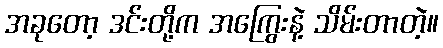
အခုတော့ ဒင်းတို့က အကြွေးနဲ့ သိမ်းတာတဲ့။